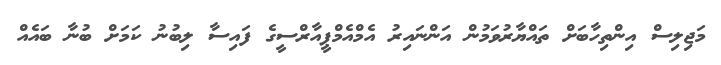
މަޖިލިސް އިންތިހާބަށް ތައްޔާރުވަމުން އަންނައިރު އެމްއެމްޕީއާރްސީގެ ފައިސާ ލިބުނު ކަމަށް ބުނާ ބައެއް